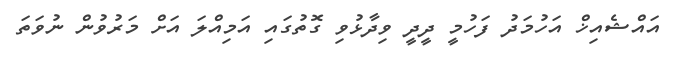
އައްޝެއިޚް އަހުމަދު ފަހުމީ ދީދީ ވިދާޅުވި ގޮތުގައި އަމިއްލަ އަށް މަރުވުން ނުވަތަ